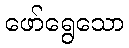
ဖော်ရွေသော